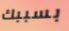
بسببك